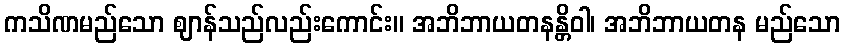
ကသိဏမည်သော ဈာန်သည်လည်းကောင်း။ အဘိဘာယတနန္တိဝါ၊ အဘိဘာယတန မည်သော